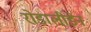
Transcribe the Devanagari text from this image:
रोडालीडेन